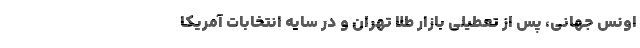
اونس جهانی، پس از تعطیلی بازار طلا تهران و در سایه انتخابات آمریکا